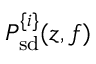
P _ { \mathrm { s d } } ^ { \{ i \} } ( z , f )